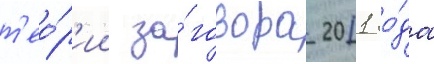
т'ео́р'ии за́говора 2011 го́да